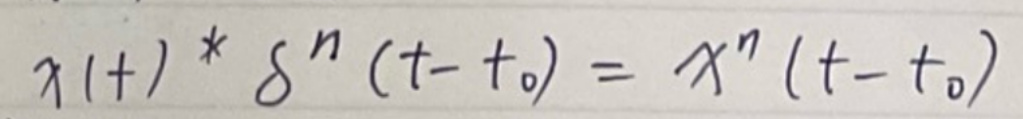
$x(t) * \delta^{(n)}(t - t_0)=x^{(n)}(t - t_0)$